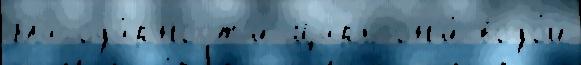
благода́рност'и Царь он'и́ водо́й